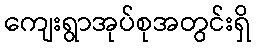
ကျေးရွာအုပ်စုအတွင်းရှိ